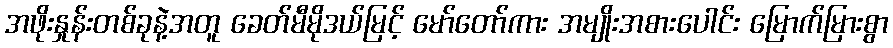
အဖိုးနှုန်းတစ်ခုနဲ့အတူ ခေတ်မီမိုဒယ်မြင့် မော်တော်ကား အမျိုးအစားပေါင်း မြောက်မြားစွာ